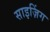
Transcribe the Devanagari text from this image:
साइज़िंग